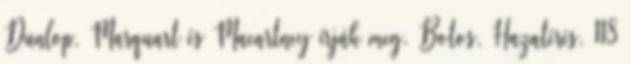
Dunlop, Marquart és Macartney írják meg. Botos, Hazatérés, 118